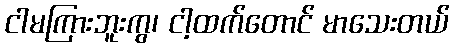
ငါမကြားဘူးကွ၊ ငါ့ထက်တောင် မာသေးတယ်